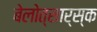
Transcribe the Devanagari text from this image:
बेलोत्सार्स्क